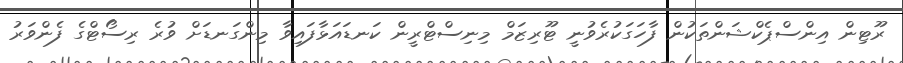
ރޫޓިން އިންސްޕެކްޝަންތަކުން ފާހަގަކުރެވުނީ ޓޫރިޒަމް މިނިސްޓްރީން ކަނޑައަޅާފައިވާ މިންގަނޑަށް ވުރެ ރިސޯޓްގެ ފެންވަރު